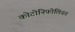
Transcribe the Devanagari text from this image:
कोटोनिफोलियन